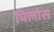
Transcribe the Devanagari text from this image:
पिलोस